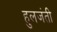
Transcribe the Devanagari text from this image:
हुलजंती